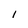
Character: l